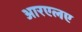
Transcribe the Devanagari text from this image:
आरएलए